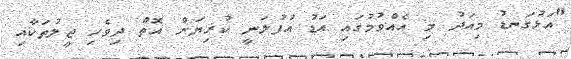
"އަޅުގަނޑު މިއަދު މި އެއްވުމުގައި އަޑު އުފުލަނީ ކުރިޔަށް އޮތް ދިވެހި ޖީލުތަކާއި